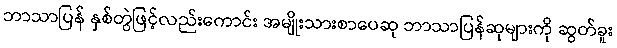
ဘာသာပြန် နှစ်တွဲဖြင့်လည်းကောင်း အမျိုးသားစာပေဆု ဘာသာပြန်ဆုများကို ဆွတ်ခူး